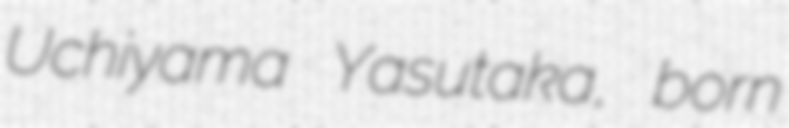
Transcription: Uchiyama Yasutaka, born